Document type: Sale
Year: 1423
Scribe: Joan Franc
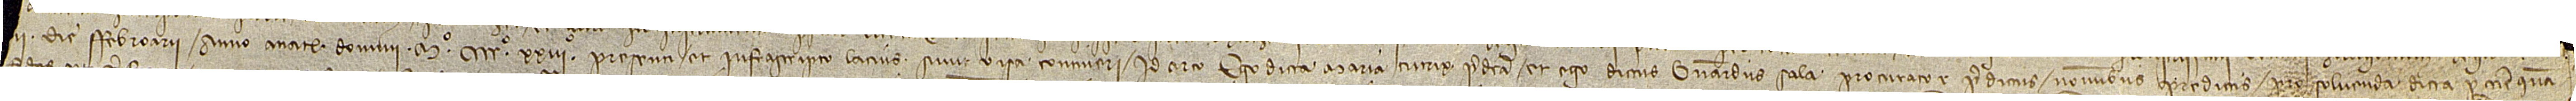
II die febroarii, anno a Nativitate Domini Mº CCCCº XXIIIº, presenti et infrascripto, lacius sunt visa contineri. Idcirco ego dicta Maria, tutrix predicta, et ego dictus Bernardus Sala, procurator predictus, nominibus predictis, pro solvenda dicta peccunie quan-